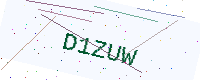
Text: D1ZUW